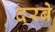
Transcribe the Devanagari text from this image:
दरबे